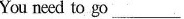
You need to go___